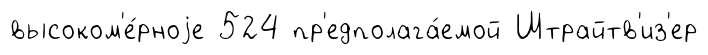
высоком'е́рноjе 524 пр'едполага́емой Штрайтв'из'ер